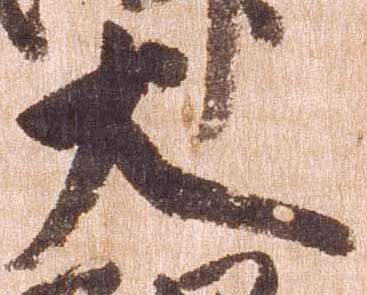
大